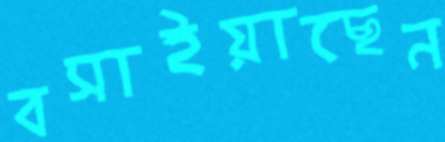
বসাইয়াছেন